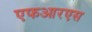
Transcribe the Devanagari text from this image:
एफआरएस